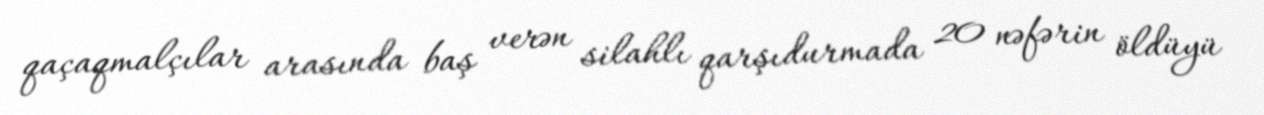
qaçaqmalçılar arasında baş verən silahlı qarşıdurmada 20 nəfərin öldüyü